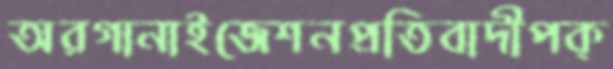
অরগানাইজেশনপ্রতিবাদীপক্